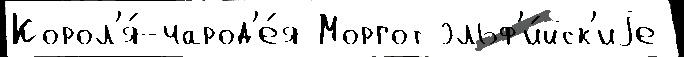
Корол'я́-чарод'е́я Моргот эльф'и́йск'иjе